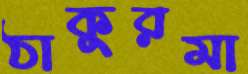
ঠাকুরমা